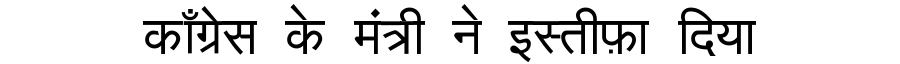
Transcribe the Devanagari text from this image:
काँग्रेस के मंत्री ने इस्तीफ़ा दिया